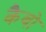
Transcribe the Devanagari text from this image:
कैबो